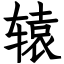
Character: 辕